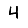
Digit: 4